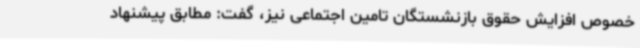
خصوص افزایش حقوق بازنشستگان تامین اجتماعی نیز، گفت: مطابق پیشنهاد